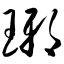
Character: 琊